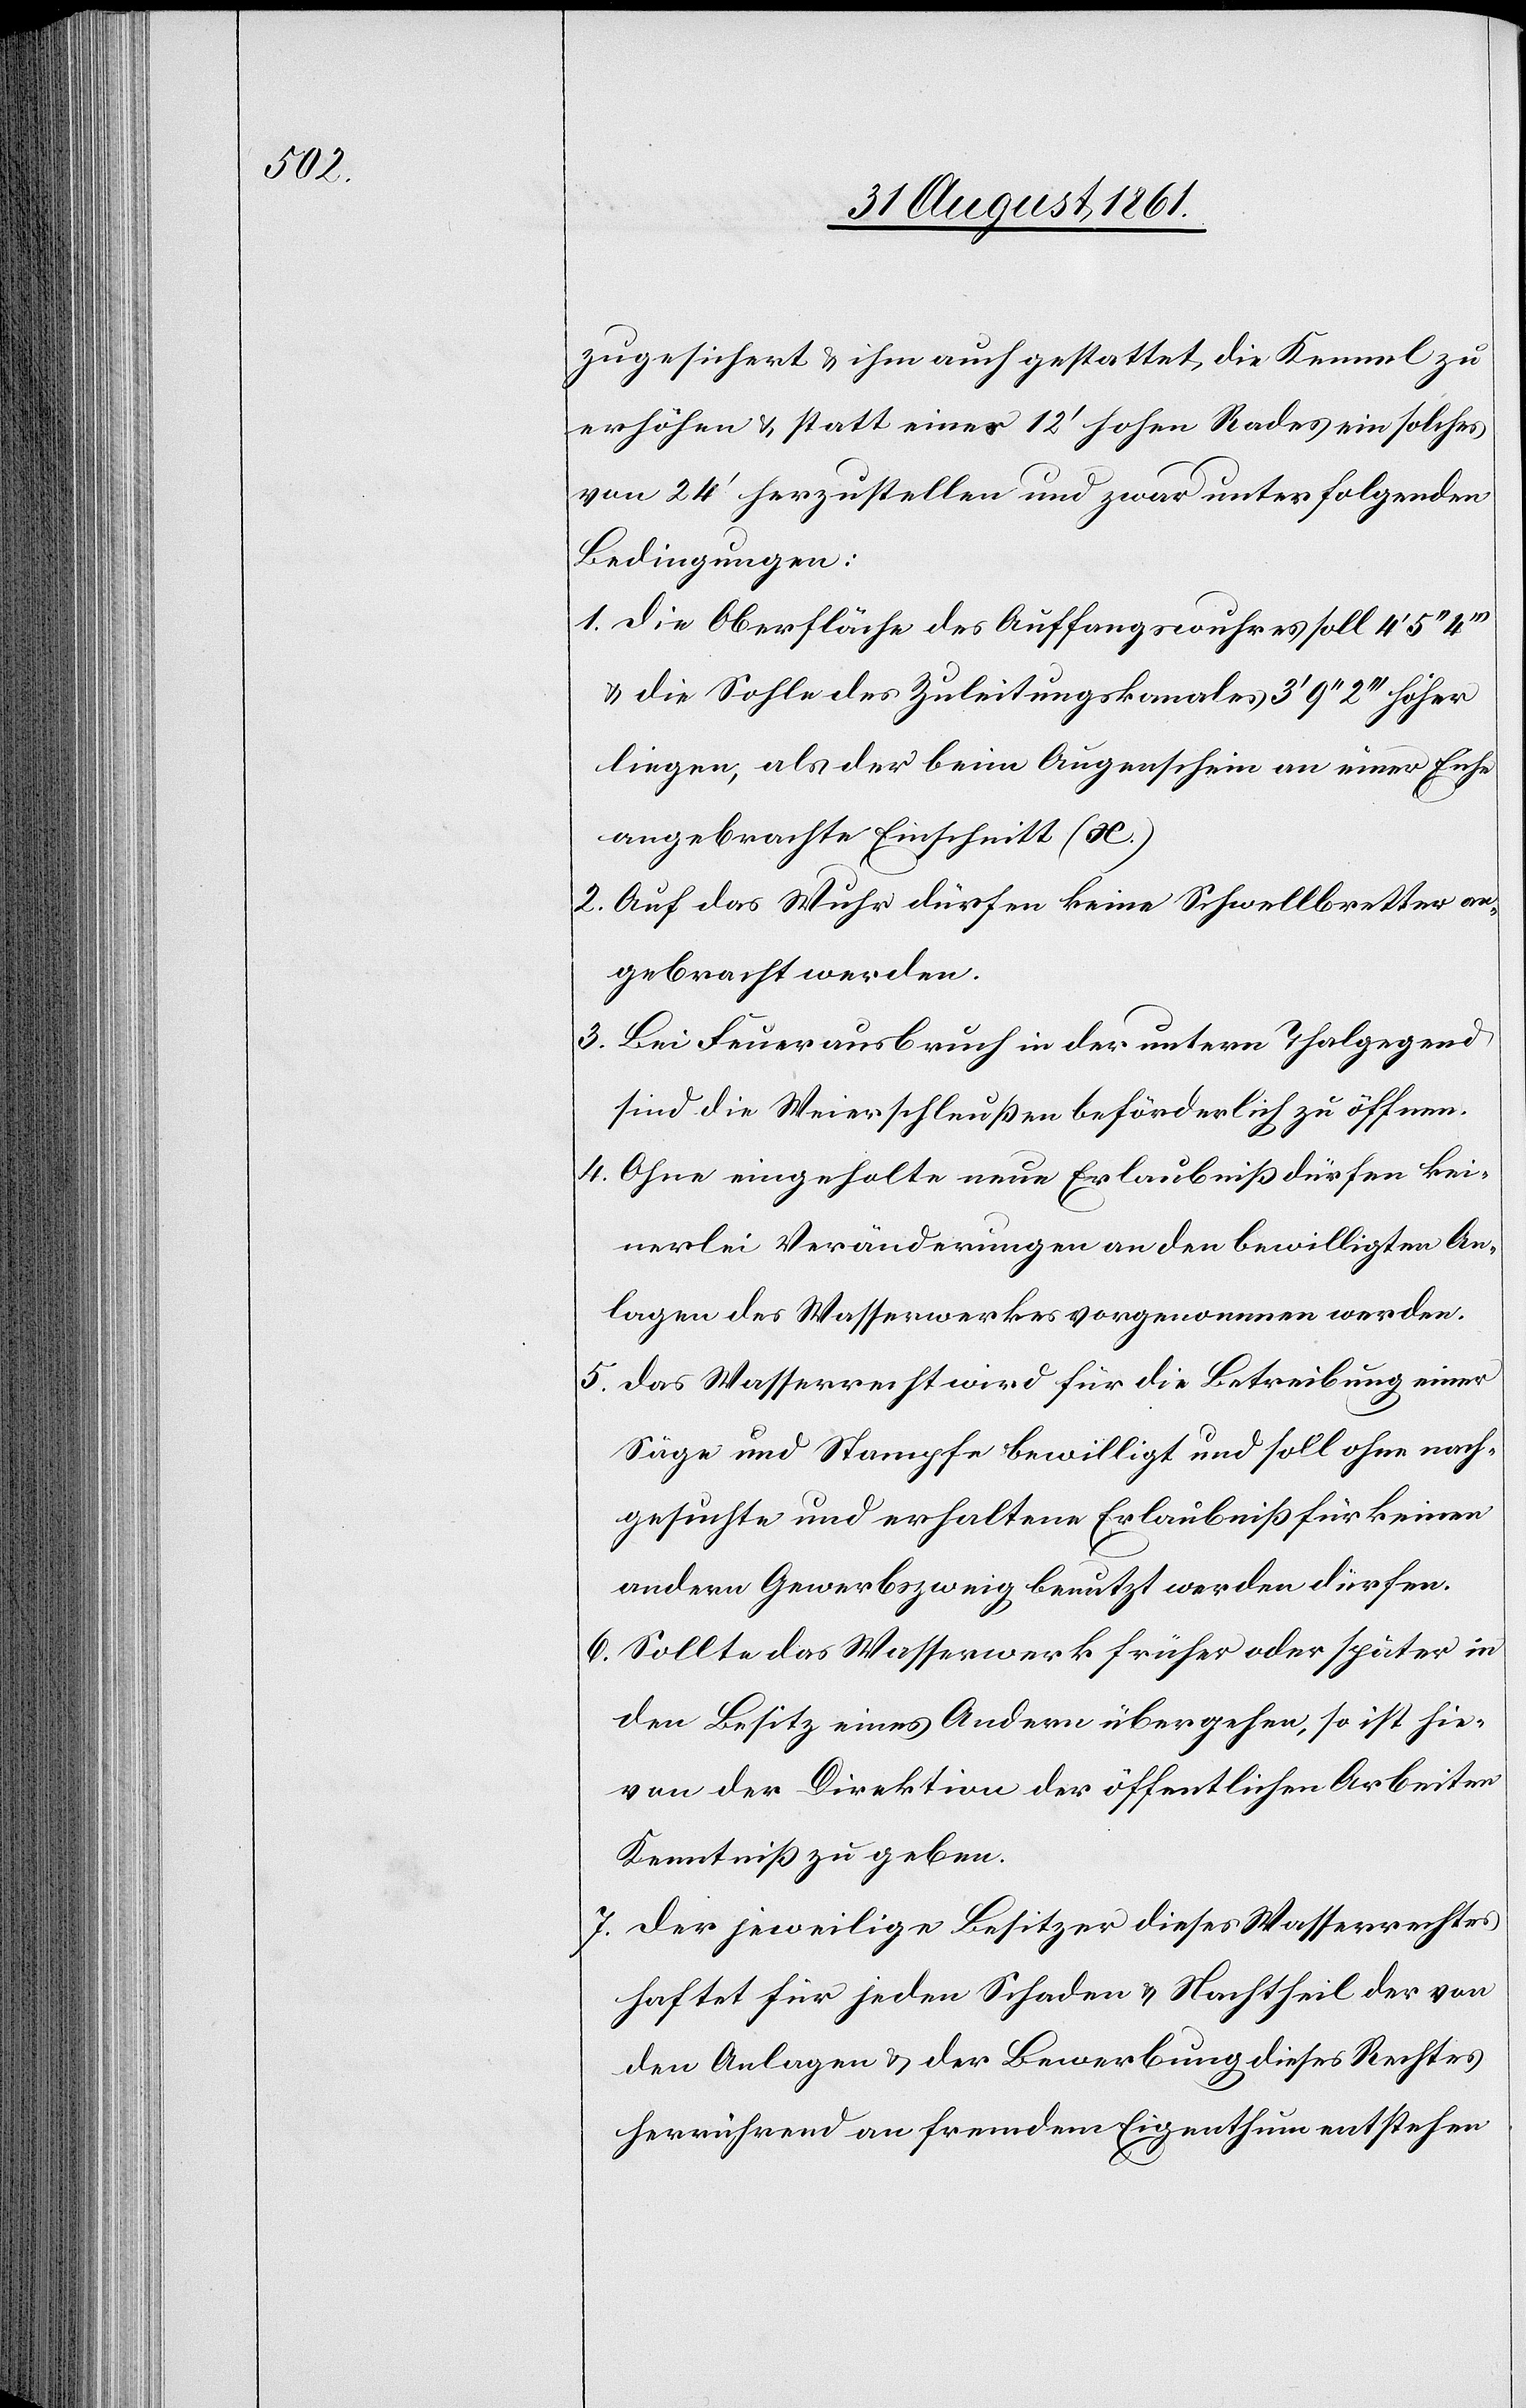
erhöhen u. statt eines 12’ hohen Rades ein solches
von 24’ herzustellen und zwar unter folgenden
Bedingungen:
1. die Oberfläche des Auffangswuhres soll 4‘ 5‘‘
u. die Sohle des Zuleitungskanales 3‘ 9‘‘ 2‘‘‘ höher
liegen, als der beim Augenschein an einer Esche
angebrachte Einschnitt (x.).
2. Auf das Wuhr dürfen keine Schwellbretter an¬
gebracht werden.
3. Bei Feuerausbruch in der untern Thalgegend
sind die Weierschleußen beförderlich zu öffnen.
4. Ohne eingeholte neue Erlaubniß dürfen kei¬
nerlei Veränderungen an den bewilligten An¬
lagen des Wasserwerkes vorgenommen werden.
5. Das Wasserrecht wird für die Betreibung einer
Säge und Stampfe bewilligt und soll ohne nach¬
gesuchte und erhaltene Erlaubniß für keinen
andern Gewerbszweig benutzt werden dürfen.
6. Sollte das Wasserwerk früher oder später in
den Besitz eines Andern übergehen, so ist hie¬
von der Direktion der öffentlichen Arbeiten
Kenntniß zu geben.
7. Der jeweilige Besitzer dieses Wasserrechtes
haftet für jeden Schaden u. Nachtheil der vo¬
n Anlagen u. der Bewerbung dieses Rechtes
herrührend an fremdem Eigentum entstehen